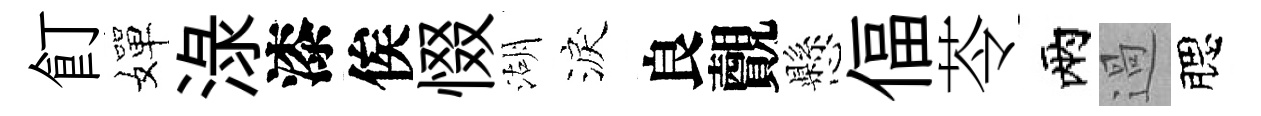
飣嬋渌漆俟惙湖淚良覿懸偪苓兩過腮